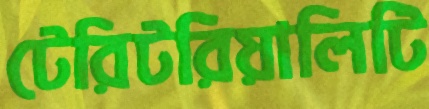
টেরিটরিয়ালিটি